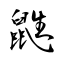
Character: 鼪